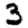
Digit: 3